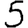
Digit: 5